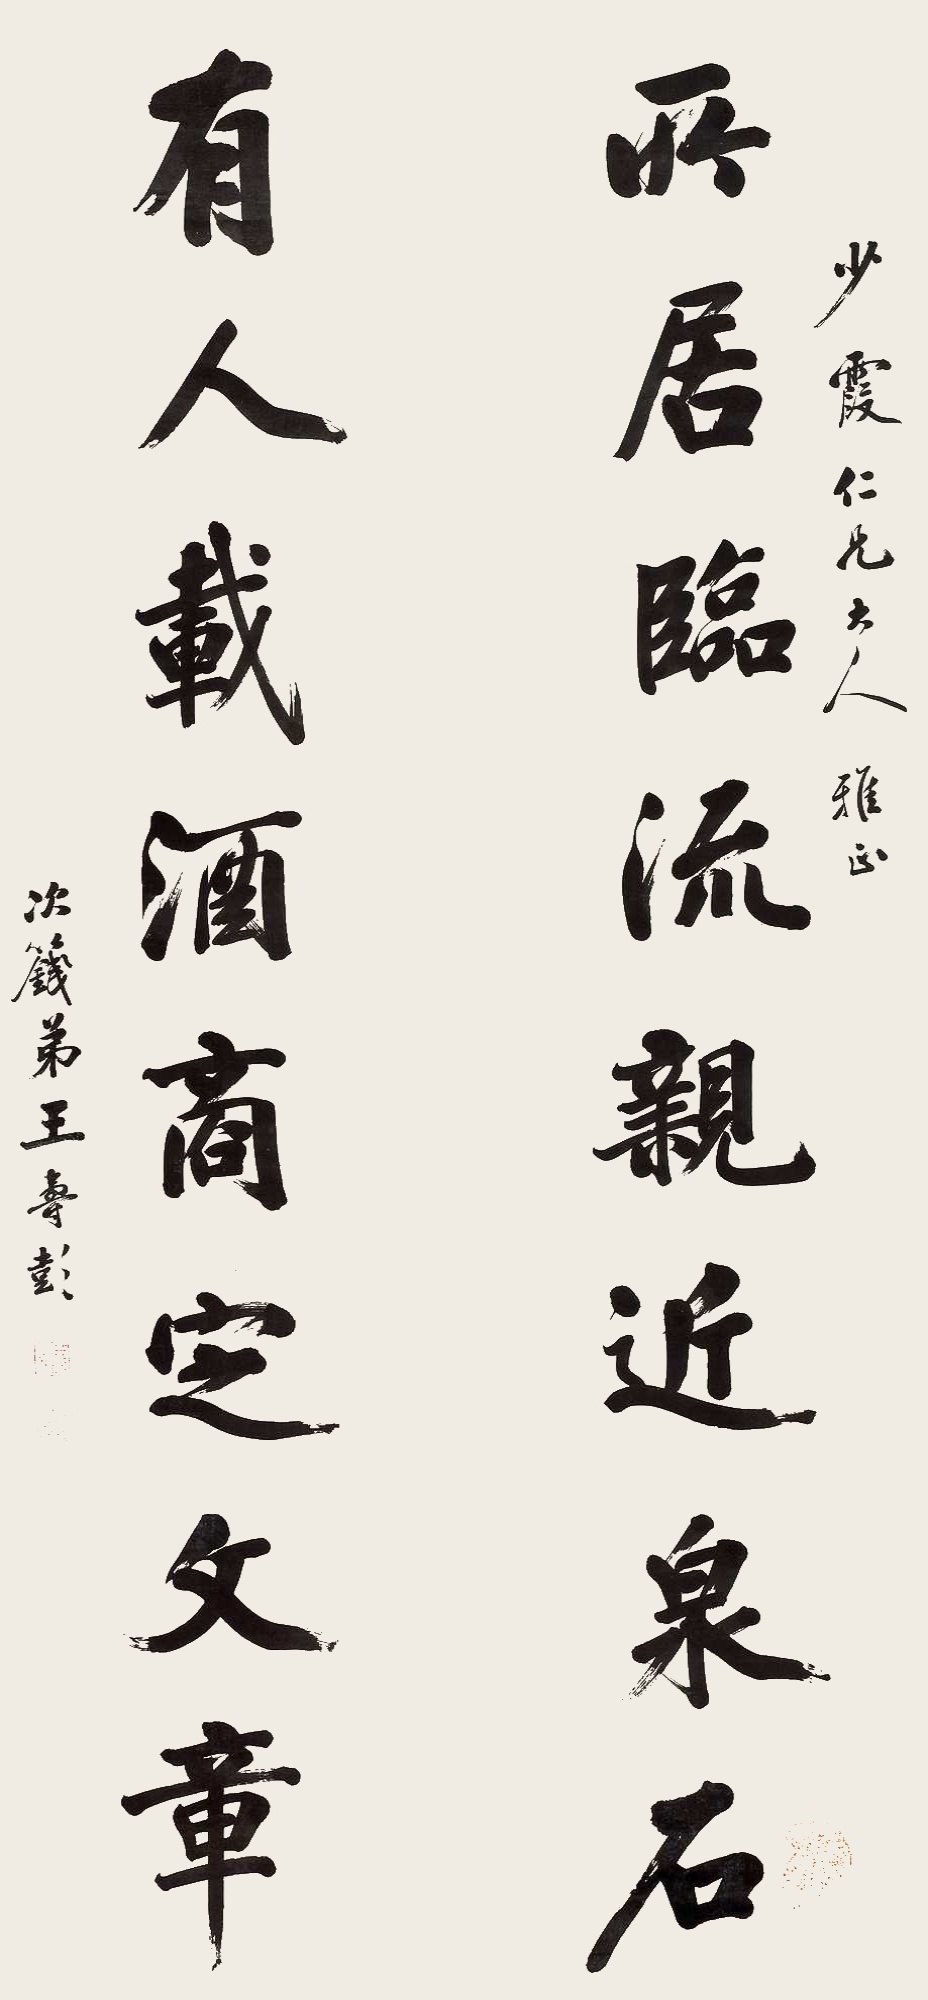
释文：所居临流亲近泉石，有人载酒商定文章。少霞仁兄大人雅正，次篯弟王寿彭。